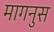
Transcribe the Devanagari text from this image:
मागनुस